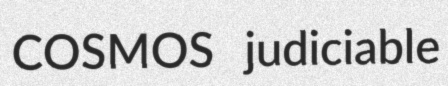
COSMOS judiciable